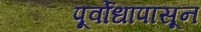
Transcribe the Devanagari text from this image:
पूर्वोधापासून